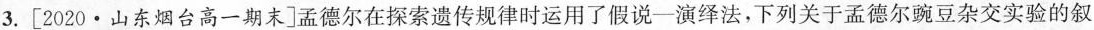
3.[2020·山东烟台高一期末]孟德尔在探索遗传规律时运用了假说-演绎法，下列关于孟德尔豌豆杂交实验的叙